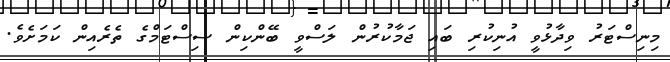
މިނިސްޓަރު ވިދާޅުވީ އުނިކުރި ބައި ޖަމާކުރުން ލަސްވީ ބޭންކިން ސިސްޓަމްގެ ތެރެއިން ކަމަށެވެ.